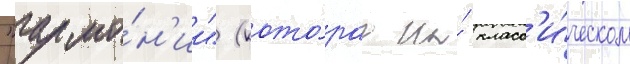
"гармо́н'ии" (кото́раа на́ класс'и́ческом